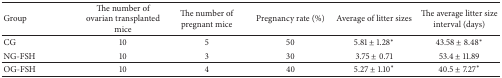
<table><thead><tr><td><b>Group</b></td><td><b>The number of ovarian transplanted mice</b></td><td><b>The number of pregnant mice</b></td><td><b>Pregnancy rate (%)</b></td><td><b>Average of litter sizes</b></td><td><b>The average litter size interval (days)</b></td></tr></thead><tbody><tr><td>CG</td><td>10</td><td>5</td><td>50</td><td>5.81 ± 1.28<sup><i>∗</i></sup></td><td>43.58 ± 8.48<sup><i>∗</i></sup></td></tr><tr><td>NG-FSH</td><td>10</td><td>3</td><td>30</td><td>3.75 ± 0.71</td><td>53.4 ± 11.89</td></tr><tr><td>OG-FSH</td><td>10</td><td>4</td><td>40</td><td>5.27 ± 1.10<sup><i>∗</i></sup></td><td>40.5 ± 7.27<sup><i>∗</i></sup></td></tr></tbody></table>